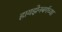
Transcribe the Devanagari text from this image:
हायझेनबर्गच्या